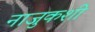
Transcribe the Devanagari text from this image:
नाजुकशी